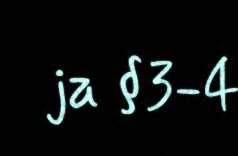
ja §3-4